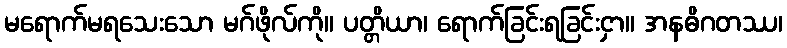
မရောက်မရသေးသော မဂ်ဖိုလ်ကို။ ပတ္တိယာ၊ ရောက်ခြင်းရခြင်းငှာ။ အနဓိဂတဿ၊